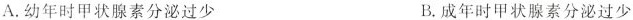
A.幼年时甲状腺素分泌过少 B.成年时甲状腺素分泌过少